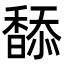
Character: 𩡋